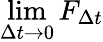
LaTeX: \operatorname*{lim}_{\Delta t\to 0}F_{\Delta t}